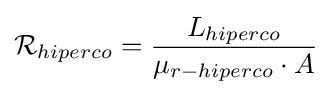
{\mathcal {R}}_{hiperco}={\frac {L_{hiperco}}{\mu _{r-hiperco}\cdot A}}